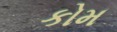
કોમ